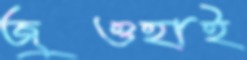
জুওহাই